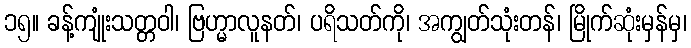
၁၅။ ခန့်ကျုံးသတ္တဝါ၊ ဗြဟ္မာလူနတ်၊ ပရိသတ်ကို၊ အကျွတ်သုံးတန်၊ မြိုက်ဆုံးမှန်မှ၊